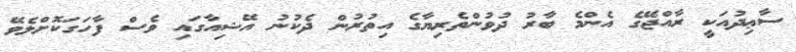
ސާޢިދުއަކީ ރާއްޖޭގެ އެންމެ ބާރު ދުވުންތެރިޔާގެ އިތުރުން ދެކުނު އޭޝިއާގައި ވެސް ފާހަގަކޮށްލެވޭ